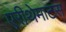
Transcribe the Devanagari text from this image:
एरीथेमाटस